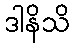
ဒါနိသိ